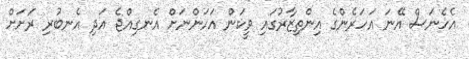
އެހެނަސް އޭނަ އަހަރެންގެ އިންތިޒާރުގައި ވީކަން އަހަންނަށް އެނގިއްޖެ އަދި އެނބުރި ރަށަށް